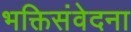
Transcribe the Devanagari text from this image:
भक्तिसंवेदना